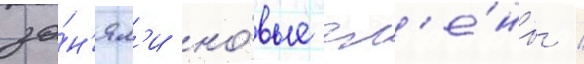
за́н'ял'и но́вые чл'е́ны /